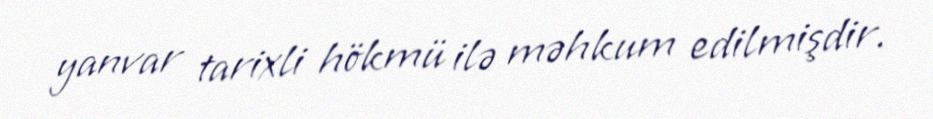
yanvar tarixli hökmü ilə məhkum edilmişdir.